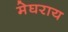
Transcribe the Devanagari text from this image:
मेघराय